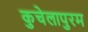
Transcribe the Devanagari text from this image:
कुचेलापुरम